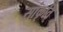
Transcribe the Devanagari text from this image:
सांकृति